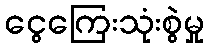
ငွေကြေးသုံးစွဲမှု